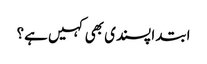
ابتدا پسندی بھی کہیں ہے؟